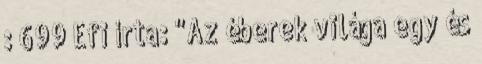
: 699 Efi írta: "Az éberek világa egy és